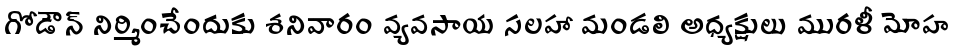
గోడౌన్ నిర్మించేందుకు శనివారం వ్యవసాయ సలహా మండలి అధ్యక్షులు మురళీ మోహ